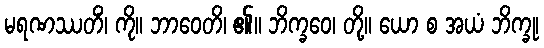
မရဏဿတိံ၊ ကို။ ဘာဝေတိ၊ ၏။ ဘိက္ခဝေ၊ တို့။ ယော စ အယံ ဘိက္ခု၊